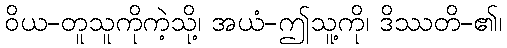
ဝိယ-တူသူကိုကဲ့သို့၊ အယံ-ဤသူ့ကို၊ ဒိဿတိ-၏၊